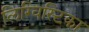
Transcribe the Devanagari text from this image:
लिग्विस्टिका